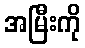
အမြီးကို